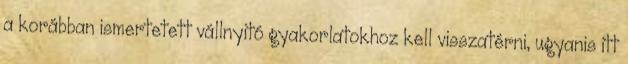
a korábban ismertetett vállnyitó gyakorlatokhoz kell visszatérni, ugyanis itt